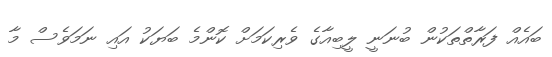
ބައެއް ފަރާތްތަކުން ބުނަނީ ލީބިއާގެ ވެރިކަމަށް ކޮންމެ ބަޔަކު އައި ނަމަވެސް މާ